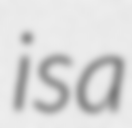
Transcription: is a